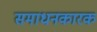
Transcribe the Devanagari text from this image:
समाधनकारक